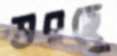
ভরছে